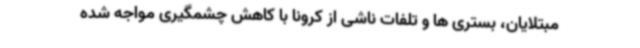
مبتلایان، بستری ها و تلفات ناشی از کرونا با کاهش چشمگیری مواجه شده